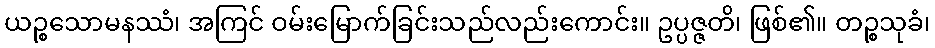
ယဉ္စသောမနဿံ၊ အကြင် ဝမ်းမြောက်ခြင်းသည်လည်းကောင်း။ ဥပ္ပဇ္ဇတိ၊ ဖြစ်၏။ တဉ္စသုခံ၊